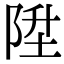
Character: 陞